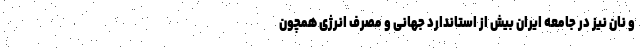
و نان نیز در جامعه ایران بیش از استاندارد جهانی و مصرف انرژی همچون